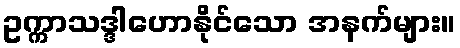
ဥက္ကာသဒ္ဒါဟောနိုင်သော အနက်များ။